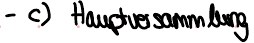
- c) Hauptversammlung